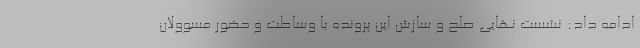
ادامه داد: نشست نهایی صلح و سازش این پرونده با وساطت و حضور مسوولان